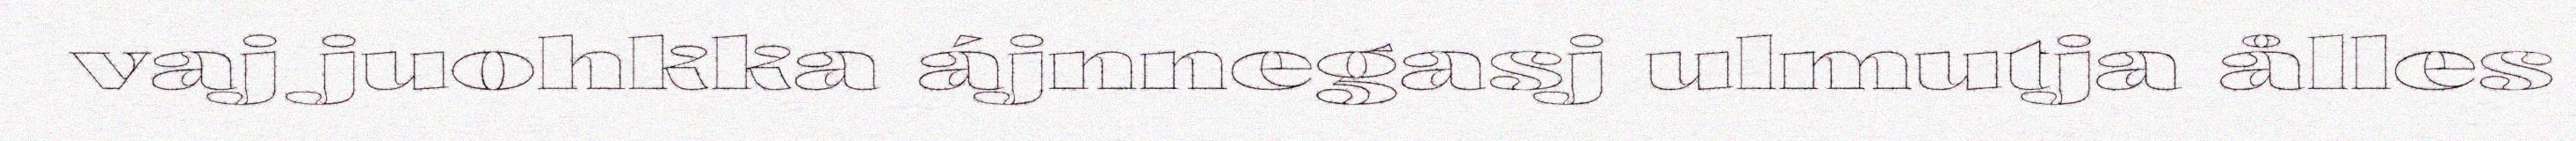
vaj juohkka ájnnegasj ulmutja ålles